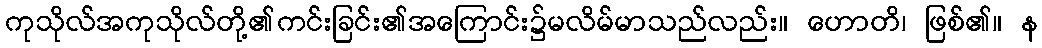
ကုသိုလ်အကုသိုလ်တို့၏ကင်းခြင်း၏အကြောင်း၌မလိမ်မာသည်လည်း။ ဟောတိ၊ ဖြစ်၏။ န